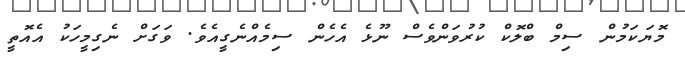
މޮޔަކަމުން ސިމް ބްލޮކް ކުރުވަންވެސް ނޫޅެ އެހެން ސިމެއްނެގީއެވެ. ވަގަށް ނެގިމީހަކު އެއޮތީ